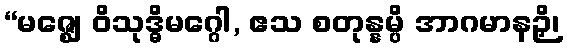
“မဇ္ဈေ ဝိသုဒ္ဓိမဂ္ဂေါ, ဧသ စတုန္နမ္ပိ အာဂမာနဉှိ၊